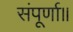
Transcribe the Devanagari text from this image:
संपूर्णा॥